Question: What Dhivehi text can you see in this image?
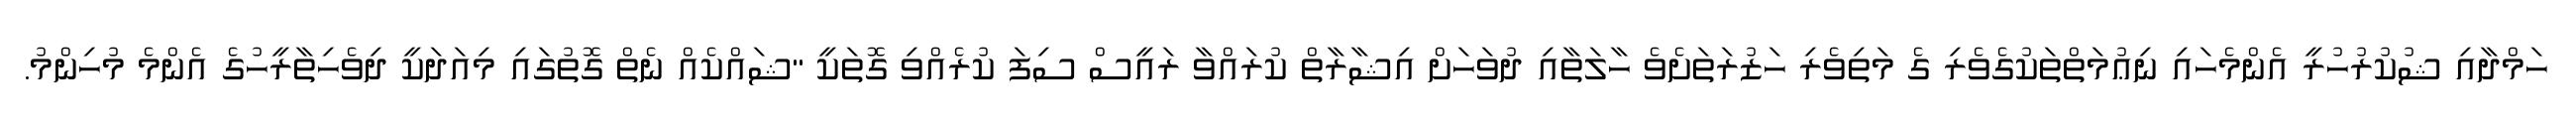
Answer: ހަމްދާއި ޝުކުރުހުރީ އެންމެހައި ނިޢުމަތްތަކުގެވެރި ގެ މަތިވެރި ހަޒުރަތަށެވެ ހާލަތާއި ދުވަހަށް އިޝާރާތް ކުރައްވާ ރައީސް ސިފަ ކުރެއްވި ގޮތަކީ "ޝައްކެއް ނެތް ގޮތުގައި މިއަދަކީ ދިވެހިތާރީހުގެ އެންމެ މުހިންމު.